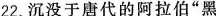
22.沉没于唐代的阿拉伯”黑